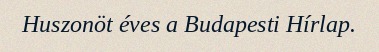
Huszonöt éves a Budapesti Hírlap.